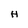
Character: H